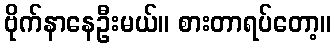
ဗိုက်နာနေဦးမယ်။ စားတာရပ်တော့။